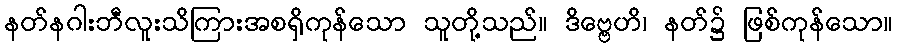
နတ်နဂါးဘီလူးသိကြားအစရှိကုန်သော သူတို့သည်။ ဒိဗ္ဗေဟိ၊ နတ်၌ ဖြစ်ကုန်သော။